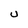
Character: U